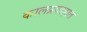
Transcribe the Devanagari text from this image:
कालप्रवाहात